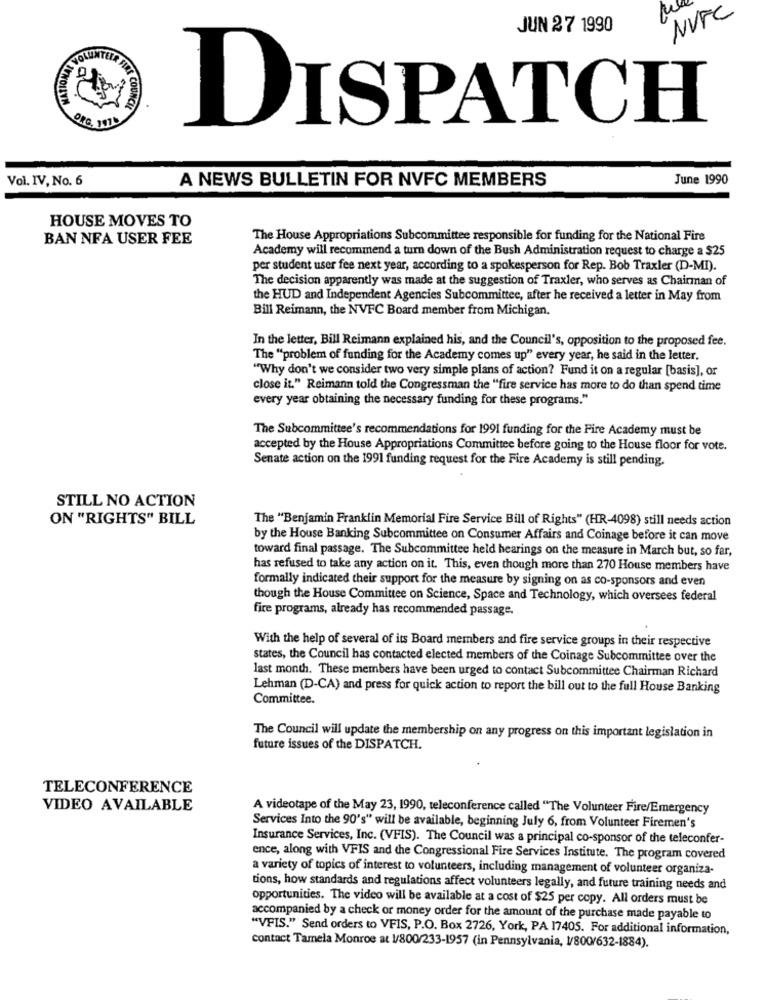
NVFC
JUN 27 1990
ORG, 11Tb
DISPATCH
Vol. IV, No. 6
A NEWS BULLETIN FOR NVFC MEMBERS
June 1990
HOUSE MOVES TO
BAN NFA USER FEE
The House Appropriations Subcommittee responsible for funding for the National Fire
Academy will recommend a turn down of the Bush Administration request to charge a $25
per student user fee next year, according to a spokesperson for Rep. Bob Traxler (D-MI).
The decision apparently was made at the suggestion of Traxler, who serves as Chairman of
the HUD and Independent Agencies Subcommittee, after he received a letter in May from
Bill Reimann, the NVFC Board member from Michigan.
In the letter, Bill Reimann explained his, and the Council's, opposition to the proposed fee.
The "problem of funding for the Academy comes up" every year, he said in the letter.
"Why don't we consider two very simple plans of action? Fund it on a regular [basis], or
close it." Reimann told the Congressman the "fire service has more to do than spend time
every year obtaining the necessary funding for these programs."
The Subcommittee's recommendations for 1991 funding for the Fire Academy must be
accepted by the House Appropriations Committee before going to the House floor for vote.
Senate action on the 1991 funding request for the Fire Academy is still pending.
STILL NO ACTION
ON "RIGHTS" BILL
The "Benjamin Franklin Memorial Fire Service Bill of Rights" (HR-4098) still needs action
by the House Banking Subcommittee on Consumer Affairs and Coinage before it can move
toward final passage. The Subcommittee held hearings on the measure in March but, so far,
has refused to take any action on it. This, even though more than 270 House members have
formally indicated their support for the measure by signing on as co-sponsors and even
though the House Committee on Science, Space and Technology, which oversees federal
fire programs, already has recommended passage.
With the help of several of its Board members and fire service groups in their respective
states, the Council has contacted elected members of the Coinage Subcommittee over the
last month. These members have been urged to contact Subcommittee Chairman Richard
Lehman (D-CA) and press for quick action to report the bill out to the full House Banking
Committee.
The Council will update the membership on any progress on this important legislation in
future issues of the DISPATCH.
TELECONFERENCE
VIDEO AVAILABLE
A videotape of the May 23, 1990, teleconference called "The Volunteer Fire/Emergency
Services Into the 90's" will be available, beginning July 6, from Volunteer Firemen's
Insurance Services, Inc. (VFIS). The Council was a principal co-sponsor of the teleconfer-
ence, along with VFIS and the Congressional Fire Services Institute. The program covered
a variety of topics of interest to volunteers, including management of volunteer organiza-
tions, how standards and regulations affect volunteers legally, and future training needs and
opportunities. The video will be available at a cost of $25 per copy. All orders must be
accompanied by a check or money order for the amount of the purchase made payable to
"VFIS." Send orders to VFIS, P.O. Box 2726, York, PA 17405. For additional information,
contact Tamela Monroe at 1/800/233-1957 (in Pennsylvania, 1/800/632-1884).